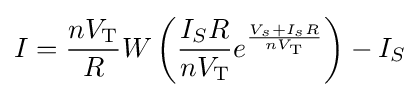
I={\frac {nV_{\text{T}}}{R}}W\left({\frac {I_{S}R}{nV_{\text{T}}}}e^{\frac {V_{s}+I_{s}R}{nV_{\text{T}}}}\right)-I_{S}